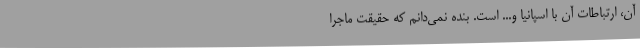
آن، ارتباطات آن با اسپانیا و... است. بنده نمی‌دانم که حقیقت ماجرا